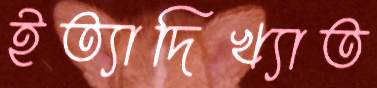
ইত্যাদিখ্যাত